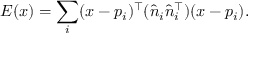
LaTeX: E ( x ) = \sum _ { i } ( x - p _ { i } ) ^ { \top } ( { \hat { n } } _ { i } { \hat { n } } _ { i } ^ { \top } ) ( x - p _ { i } ) .